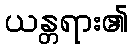
ယန္တရား၏